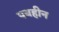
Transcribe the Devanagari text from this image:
पथहीन